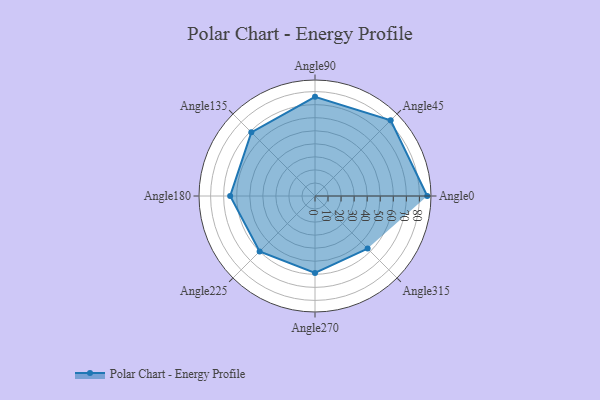
{"axis": {"x": "Angle", "y": "Radius"}, "legend": [""], "data": [{"x": "Angle0", "y": 86.0, "type": ""}, {"x": "Angle45", "y": 82.0, "type": ""}, {"x": "Angle90", "y": 76.0, "type": ""}, {"x": "Angle135", "y": 69.0, "type": ""}, {"x": "Angle180", "y": 65.0, "type": ""}, {"x": "Angle225", "y": 60.0, "type": ""}, {"x": "Angle270", "y": 59.0, "type": ""}, {"x": "Angle315", "y": 57.0, "type": ""}]}